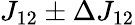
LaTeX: J_{12}\pm\Delta J_{12}